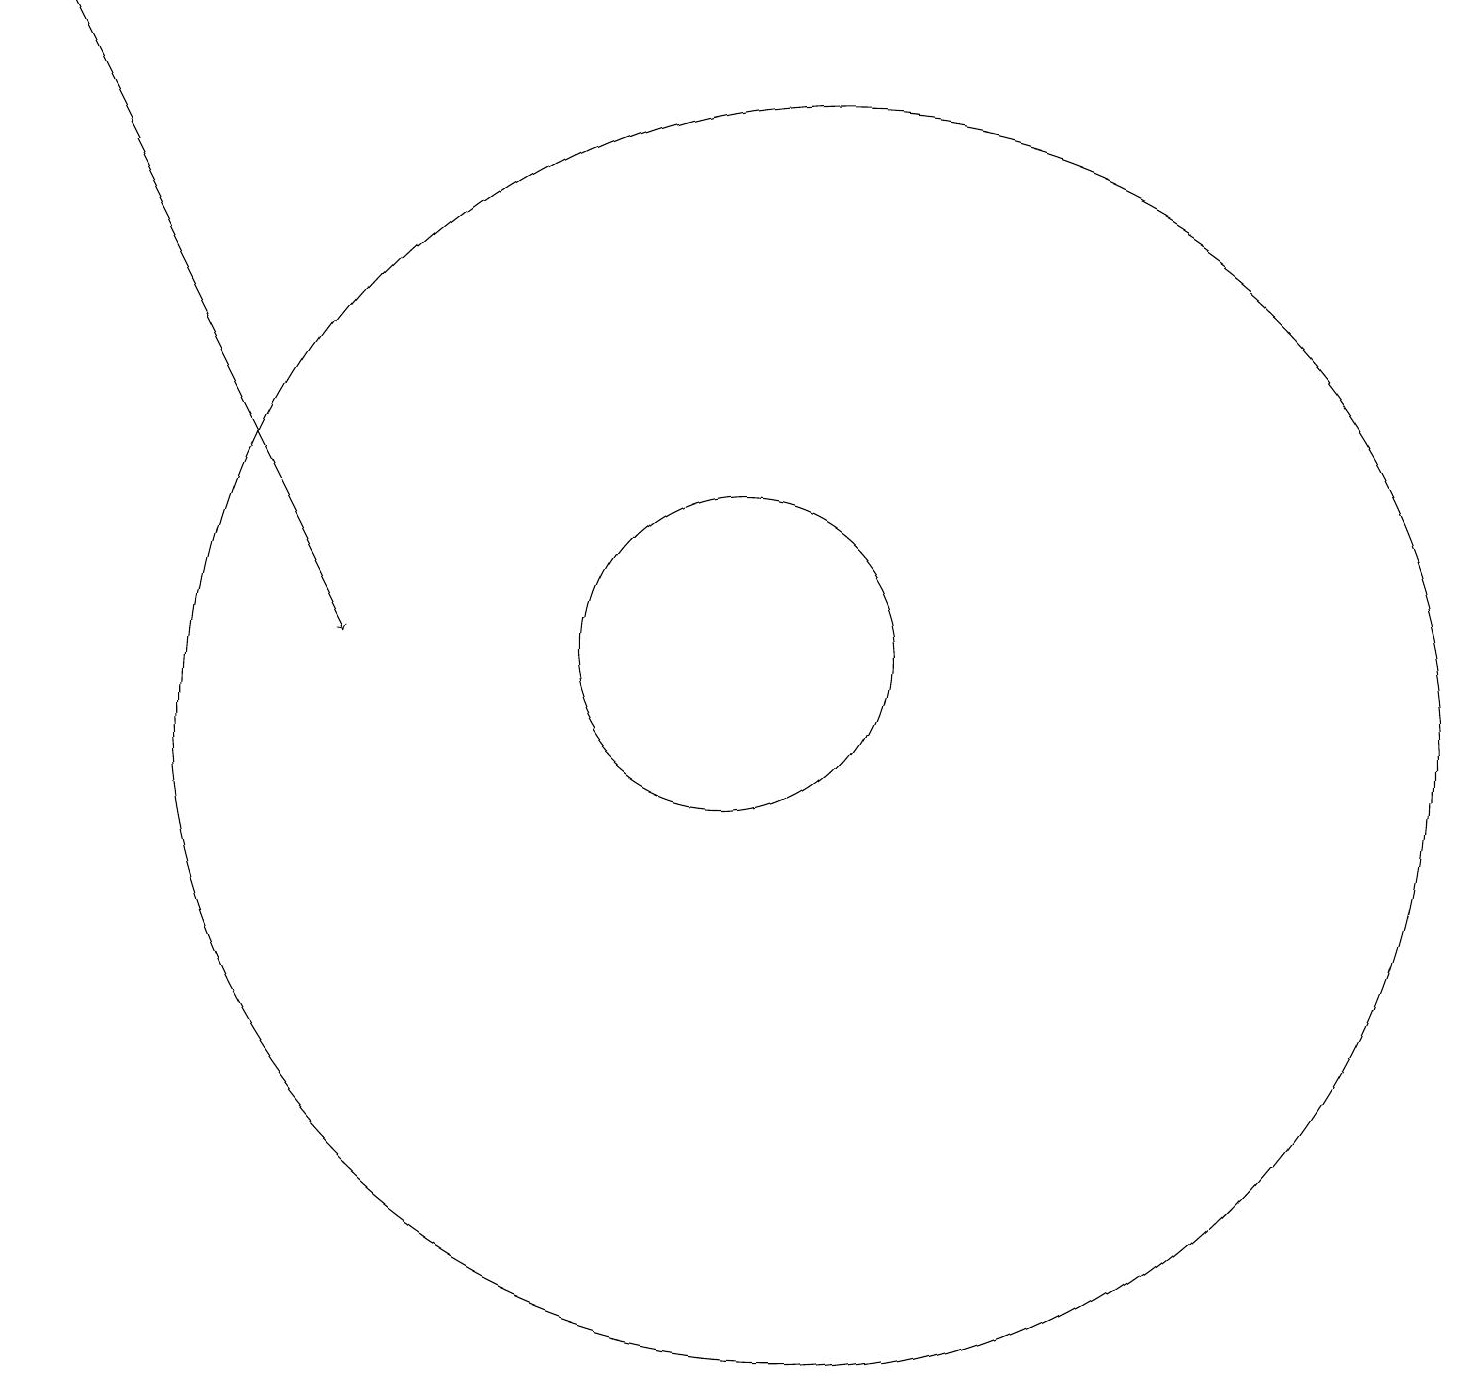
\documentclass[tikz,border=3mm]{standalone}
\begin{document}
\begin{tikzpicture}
\draw[->] (1,19) -- (5,11);
\draw (10,11) circle (2);
\draw (10,10) circle (0);
\draw (11,10) circle (8);
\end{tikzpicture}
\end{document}